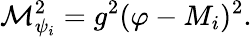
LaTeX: \mathcal{M}_{\psi_{i}}^{2}=g^{2}(\varphi-M_{i})^{2}.